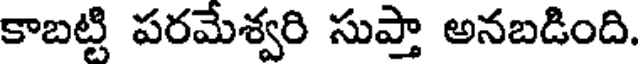
కాబట్టి పరమేశ్వరి సుప్తా అనబడింది.